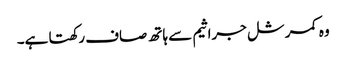
وہ کمرشل جراثیم سے ہاتھ صاف رکھتا ہے۔